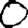
Digit: 0